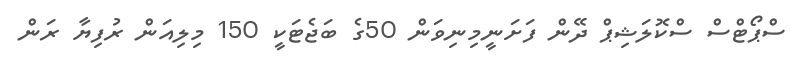
ސްޕޯޓްސް ސްކޮލަޝިޕް ދޭން ފަށަނީމިނިވަން 50ގެ ބަޖެޓަކީ 150 މިލިއަން ރުފިޔާ ރަން